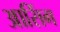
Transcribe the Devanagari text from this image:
आसिंग